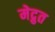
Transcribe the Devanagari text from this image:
मेद्रुत